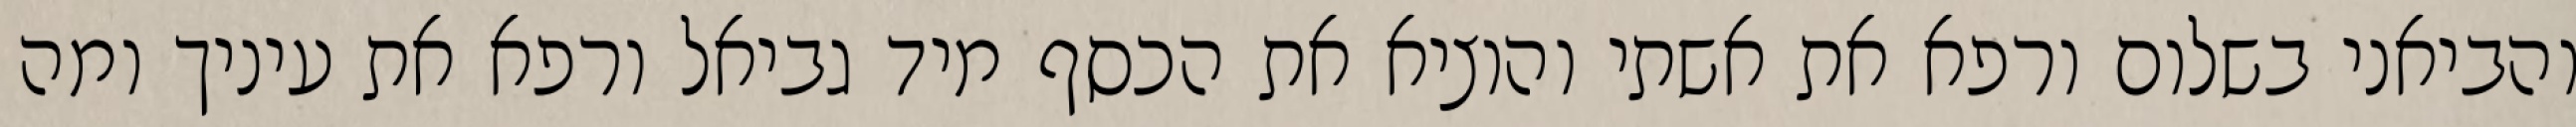
והביאני בשלום ורפא את אשתי והוציא את הכסף מיד גביאל ורפא את עיניך ומה